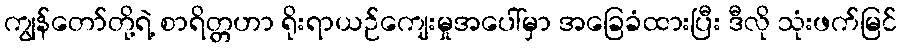
ကျွန်တော်တို့ရဲ့ စာရိတ္တဟာ ရိုးရာယဉ်ကျေးမှုအပေါ်မှာ အခြေခံထားပြီး ဒီလို သုံးဖက်မြင်